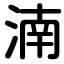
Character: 湳